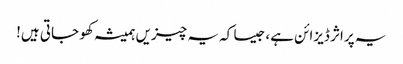
یہ پراثر ڈیزائن ہے، جیسا کہ یہ چیزیں ہمیشہ کھو جاتی ہیں!